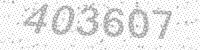
Solution: 403607